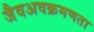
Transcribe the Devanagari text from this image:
जैवअवक्रमणता